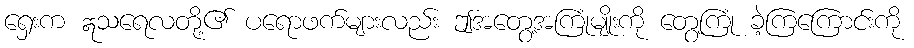
ရှေးက ဣသရေလတို့၏ ပရောဖက်များလည်း ဤအတွေ့အကြုံမျိုးကို တွေ့ကြုံ ခဲ့ကြကြောင်းကို